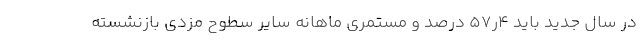
در سال جدید باید ۴ر۵۷ درصد و مستمری ماهانه سایر سطوح مزدی بازنشسته